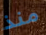
منذ